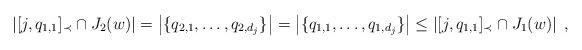
LaTeX: \begin{align*}\left| [j,q_{1,1}]_{\prec}\cap J_2(w)\right| = \left|\{q_{2,1}, \ldots, q_{2,d_j}\}\right| = \left|\{q_{1,1}, \ldots, q_{1,d_j}\}\right| \leq \left| [j,q_{1,1}]_{\prec}\cap J_1(w)\right|\;,\end{align*}